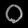
Digit: ၀